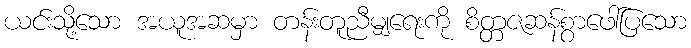
ယင်းသို့သော အယူအဆမှာ တန်းတူညီမျှရေးကို စိတ္တဇဆန်စွာဖေါ်ပြသော